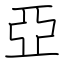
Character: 亞